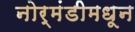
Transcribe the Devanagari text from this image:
नोर्मंडीमधून